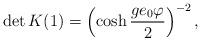
LaTeX: \begin{align*}\det{K}(1)=\left(\cosh\frac{ge_{0}\varphi}{2}\right)^{-2},\end{align*}